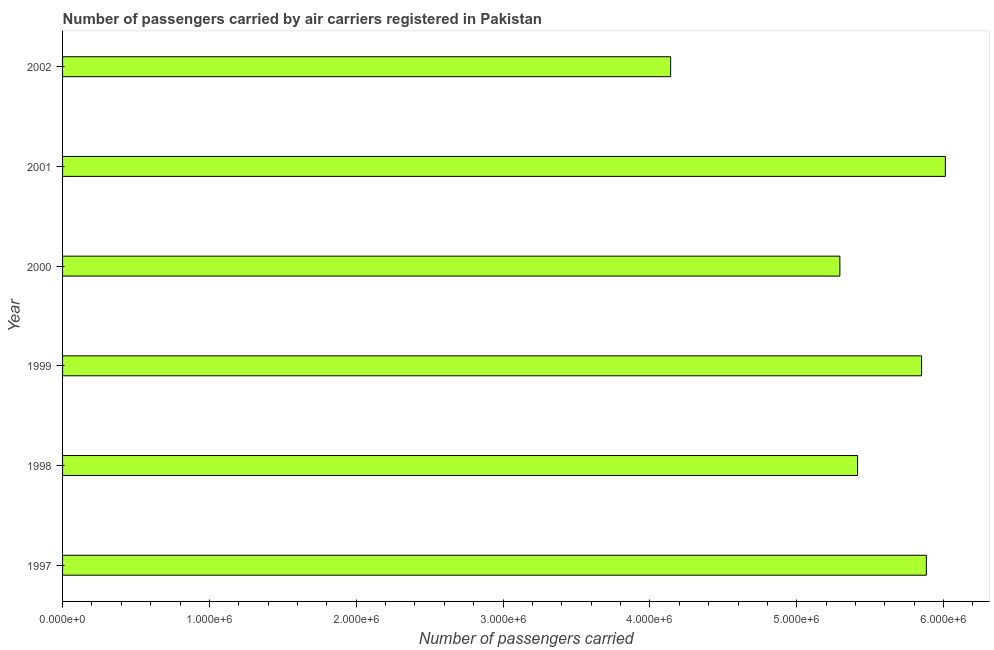
| Year | Air transport |
 | --- | --- |
 | 1997 | 5.88e+06 |
 | 1998 | 5.41e+06 |
 | 1999 | 5.85e+06 |
 | 2000 | 5.29e+06 |
 | 2001 | 6.01e+06 |
 | 2002 | 4.14e+06 |